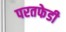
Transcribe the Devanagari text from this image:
परतफेडी